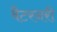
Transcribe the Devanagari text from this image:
वैटरनरी